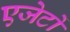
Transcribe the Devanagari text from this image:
एजेटों